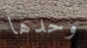
وحدها